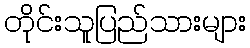
တိုင်းသူပြည်သားများ